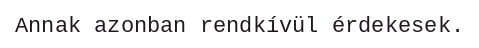
Annak azonban rendkívül érdekesek.